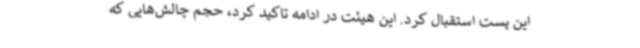
این پست استقبال کرد. این هیئت در ادامه تاکید کرد، حجم چالش‌هایی که